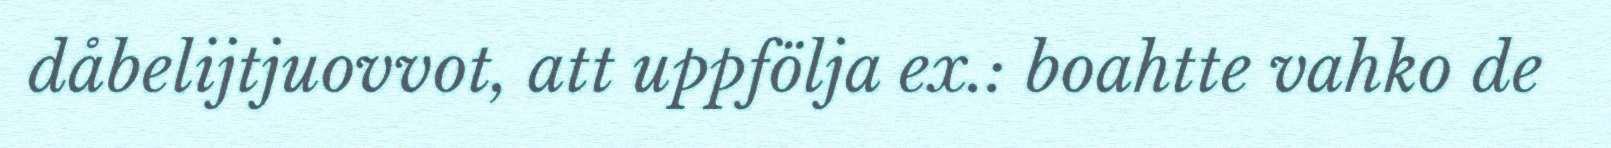
dåbelijtjuovvot, att uppfölja ex.: boahtte vahko de